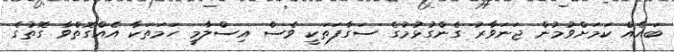
ބައެއް ކަމަށްވުމުން ޖަނަވާރު ގެންގުޅުމުގެ ސަގާފަތަކީ ވެސް އިސްލާމީ ހަމަތަކާ އެއްގޮތްވާ ގޮތުގެ